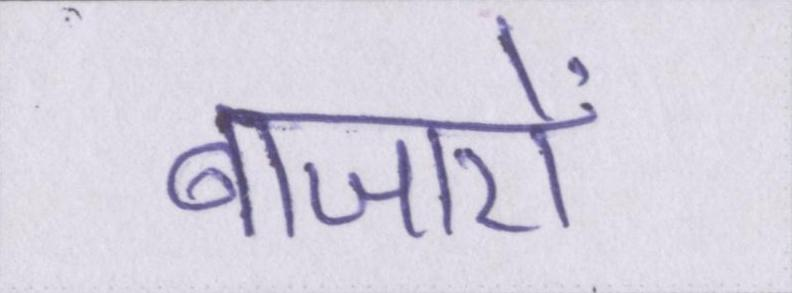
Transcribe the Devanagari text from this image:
बाजारों